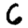
Digit: 6